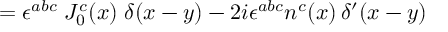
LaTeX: = \epsilon ^ { a b c } \; J _ { 0 } ^ { c } ( x ) \; \delta ( x - y ) - 2 i \epsilon ^ { a b c } n ^ { c } ( x ) \, \delta ^ { \prime } ( x - y )